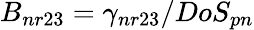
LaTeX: B_{nr23}=\gamma_{nr23}/DoS_{pn}